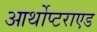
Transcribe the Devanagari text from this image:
आर्थोप्टराएड